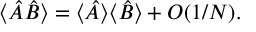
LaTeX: \langle \hat { A } \hat { B } \rangle = \langle \hat { A } \rangle \langle \hat { B } \rangle + O ( 1 / N ) .